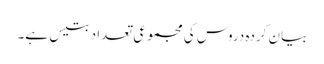
بیان کردہ دروس کی مجموعی تعداد بتیس ہے۔